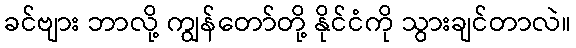
ခင်ဗျား ဘာလို့ ကျွန်တော်တို့ နိုင်ငံကို သွားချင်တာလဲ။